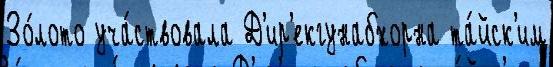
Зо́лото уча́ствовала Д'ир'екгунабхорна та́йск'им